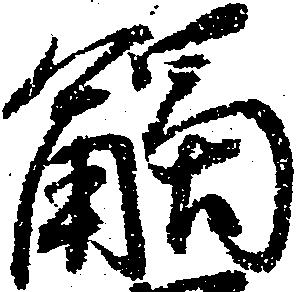
触